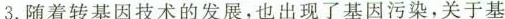
3. 随着转基因技术的发展，也出现了基